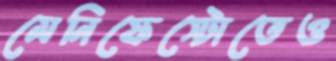
মেনিফেস্টোতেও